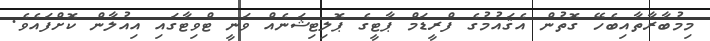
މިމުބާރާތާއިބެހޭ ގޮތުން އެޤައުމުގެ ފްރީޑަމް ޕާޓީގެ ޕޮލިޓިޝަނެއް ވަނީ ޓްވިޓާގައި އިއުލާން ކޮށްފައެވެ.